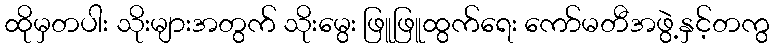
ထိုမှတပါး သိုးများအတွက် သိုးမွေး ဖြူဖြူထွက်ရေး ကော်မတီအဖွဲ့နှင့်တကွ